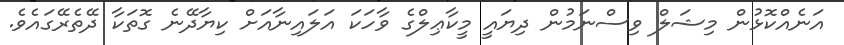
އަނެއްކޮޅުން މިޝަލް ވިސްނަމުން ދިޔައީ މީކާޢިލްގެ ވާހަކަ އަލައިނާއަށް ކިޔާދޭނެ ގޮތަކާ ދޭތެރޭގައެވެ.